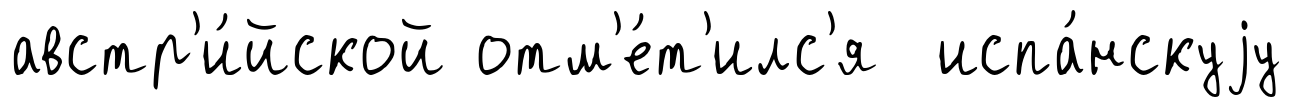
австр'и́йской отм'е́т'илс'я испа́нскуjу